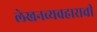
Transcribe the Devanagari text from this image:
लेखनव्यवहाराची